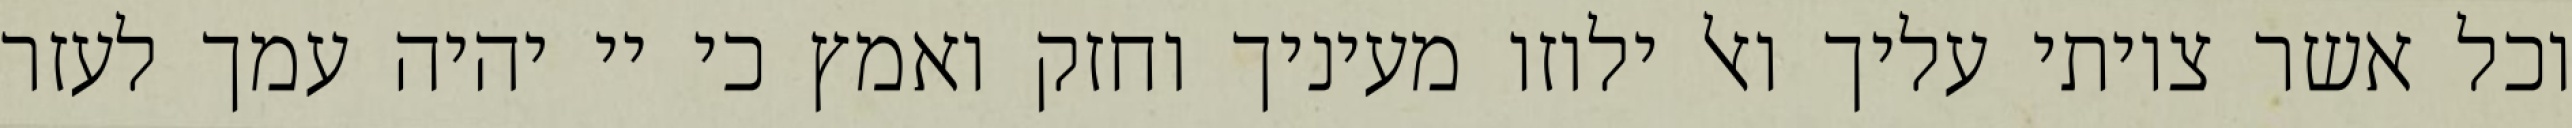
וכל אשר צויתי עליך ואל ילוזו מעיניך וחזק ואמץ כי יי יהיה עמך לעזר